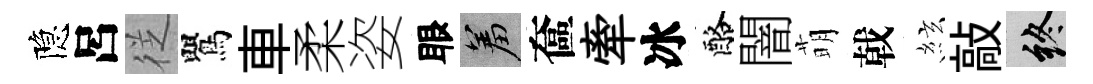
隐呂徔鸎車柔姿眼羞奩牽冰酪闇萌戟絃敲終